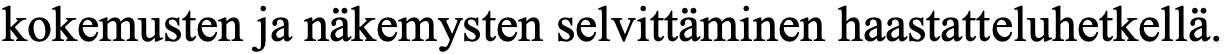
kokemusten ja näkemysten selvittäminen haastatteluhetkellä.